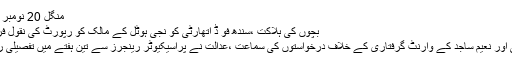
منگل 20 نومبر 2018 - 20:06
بچوں کی ہلاکت ،سندھ فو ڈ اتھارٹی کو نجی ہوٹل کے مالک کو رپورٹ کی نقول فراہم کرنے کا حکم
حسین عمر صدیقی اور نعیم ساجد کے وارنٹ گرفتاری کے خلاف درخواستوں کی سماعت ،عدالت نے پراسیکیوٹر رینجرز سے تین ہفتے میں تفصیلی رپورٹ طلب کرلی